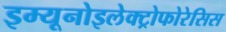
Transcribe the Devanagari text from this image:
इम्यूनोइलेक्ट्रोफोरेसिस